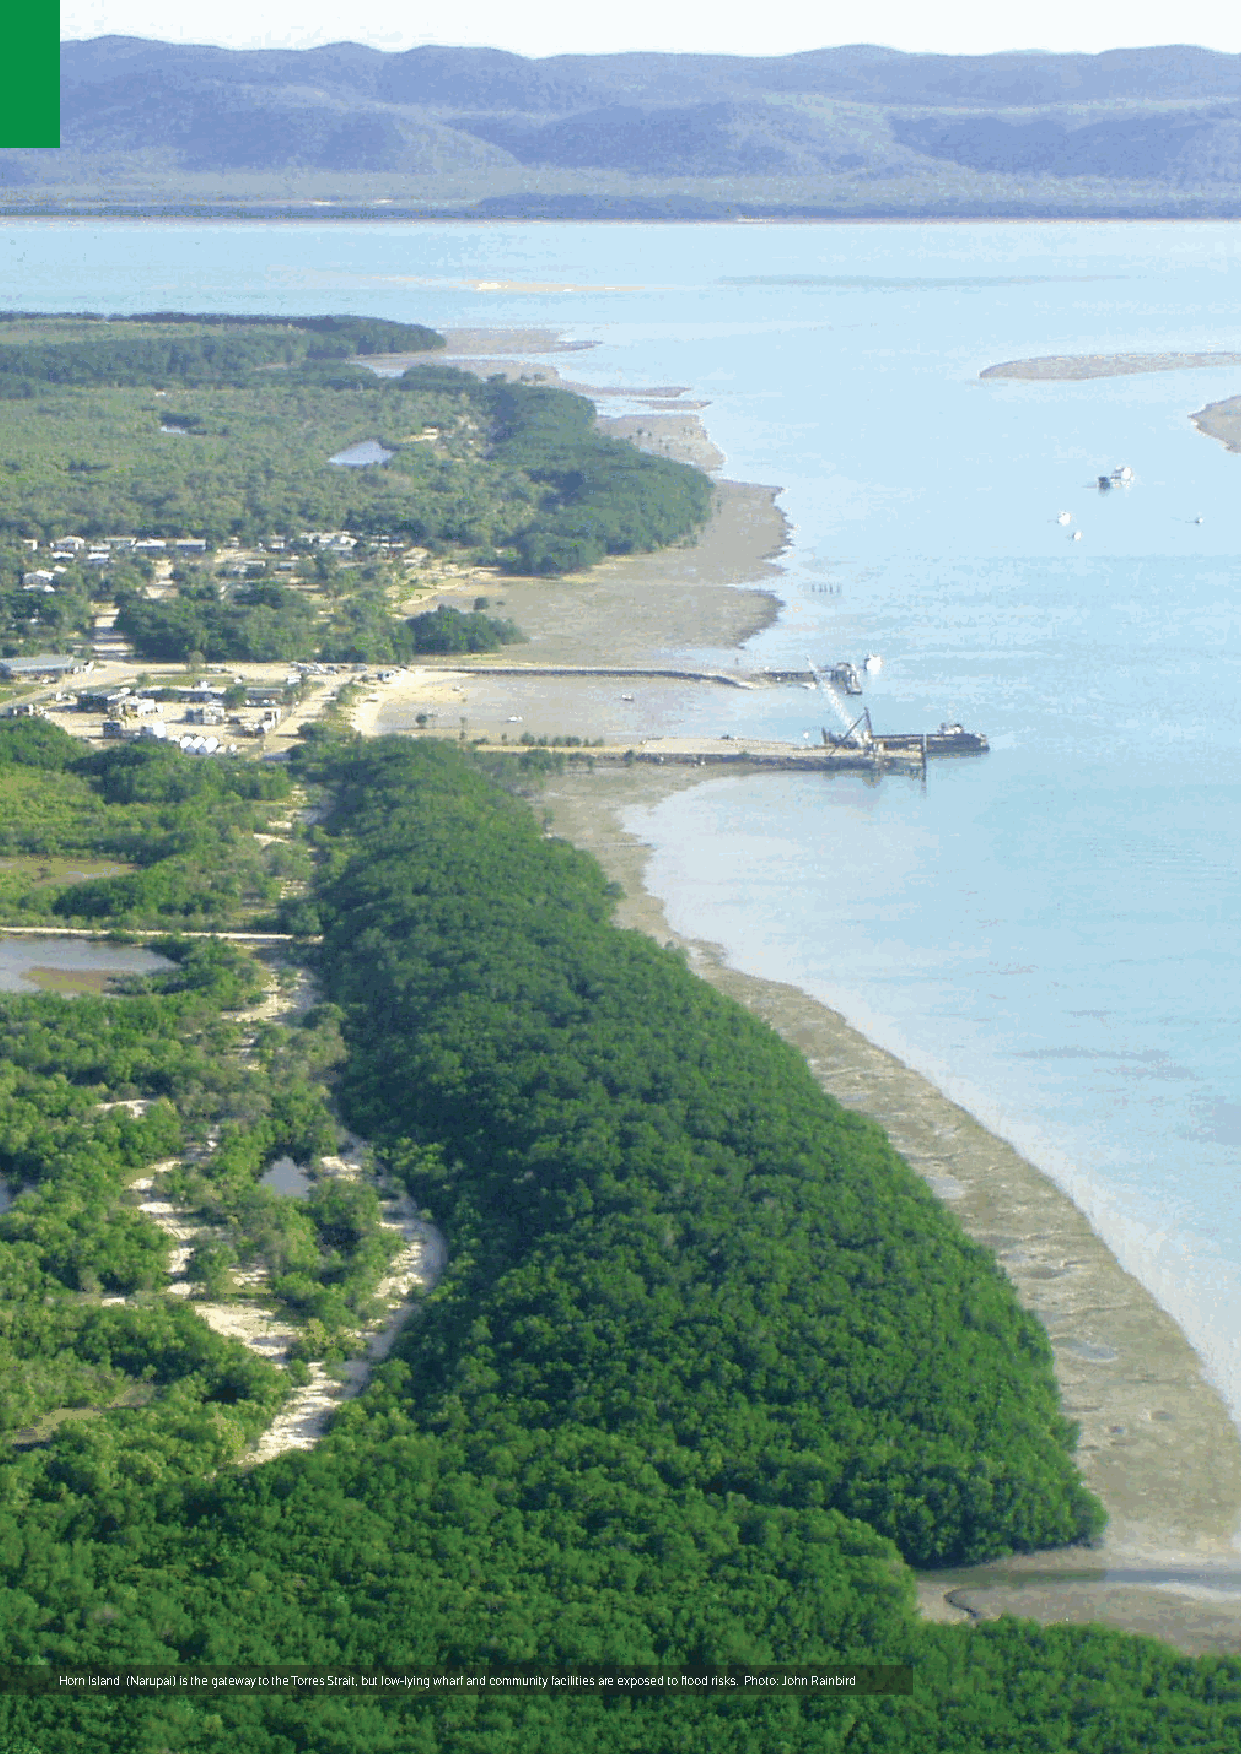
10 Torres Strait Regional Adaptation and Resilience Plan
 Horn Island (Narupai) is the gateway to the Torres Strait, but low-lying wharf and community facilities are exposed to flood risks. Photo: John Rainbird